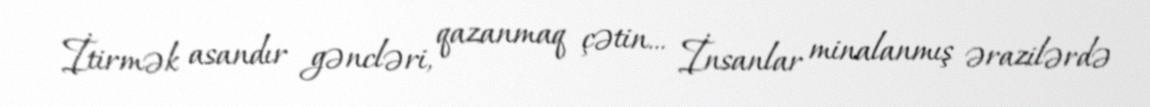
İtirmək asandır gəncləri, qazanmaq çətin... İnsanlar minalanmış ərazilərdə